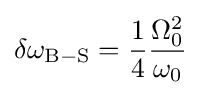
\delta \omega _{\mathrm {B-S} }={\frac {1}{4}}{\frac {\Omega _{0}^{2}}{\omega _{0}}}